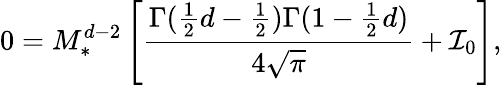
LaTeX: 0=M_{\ast}^{d-2}\left[\frac{\Gamma(\frac{1}{2}d-\frac{1}{2})\Gamma(1-\frac{1}{2}d)}{4\sqrt{\pi}}+{\cal I}_{0}\right],